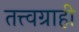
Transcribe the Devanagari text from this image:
तत्त्वग्राही